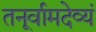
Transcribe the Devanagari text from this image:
तनूर्वामदेव्यं